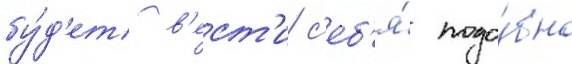
бу́д'ет в'ест'и с'еб'я́ подо́бно